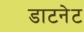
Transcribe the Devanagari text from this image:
डाटनेट